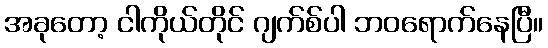
အခုတော့ ငါကိုယ်တိုင် ဂျက်စ်ပါ ဘဝရောက်နေပြီ။